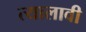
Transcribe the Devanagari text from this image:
त्यालावी